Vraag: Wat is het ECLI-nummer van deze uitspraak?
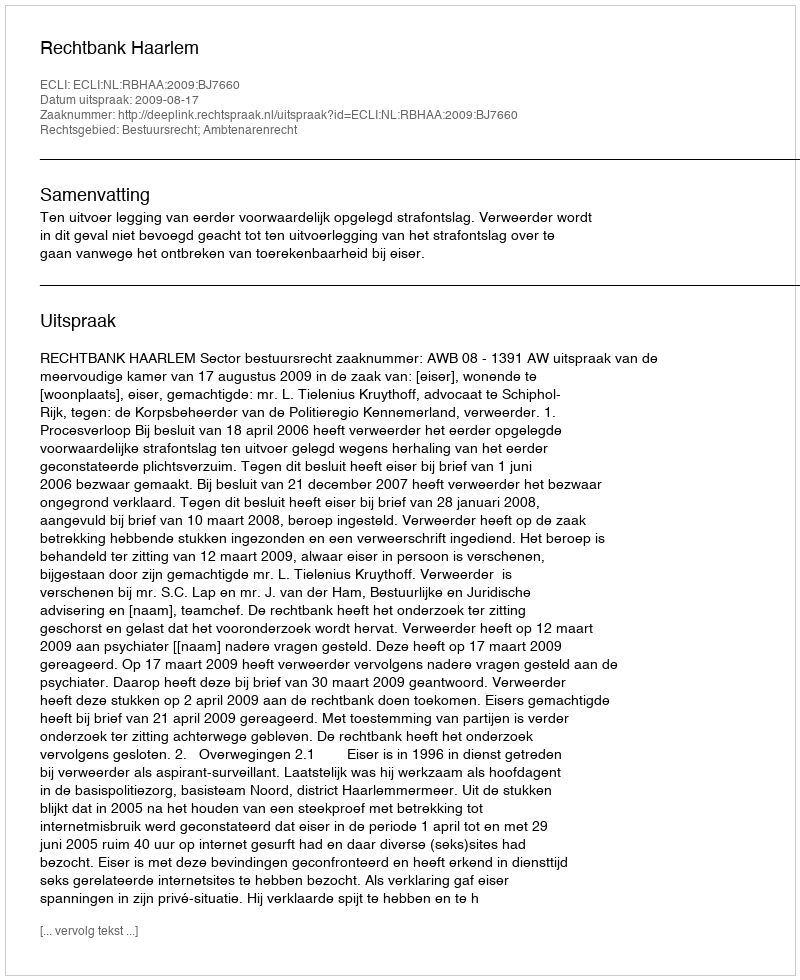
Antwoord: ECLI:NL:RBHAA:2009:BJ7660